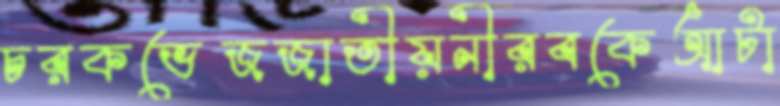
চরকভেজজাতীয়নীরবকেআটা